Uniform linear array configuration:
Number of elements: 64
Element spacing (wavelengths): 0.75
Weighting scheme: kaiser
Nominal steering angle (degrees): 0
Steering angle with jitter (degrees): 1.467
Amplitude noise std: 0.05
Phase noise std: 0.05

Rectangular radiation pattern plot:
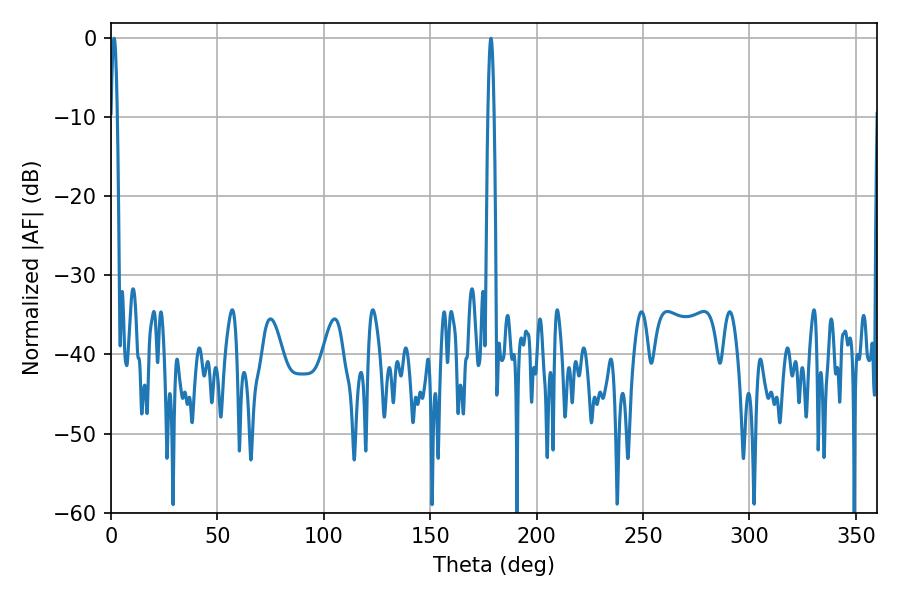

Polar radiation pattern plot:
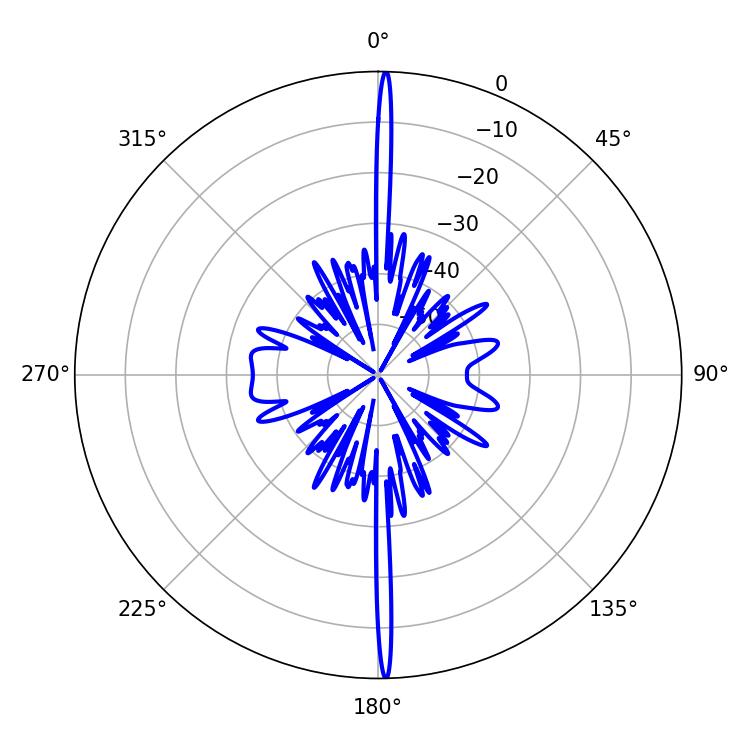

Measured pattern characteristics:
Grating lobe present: TRUE
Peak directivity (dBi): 31.199
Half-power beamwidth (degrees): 1.44
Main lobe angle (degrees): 1.44